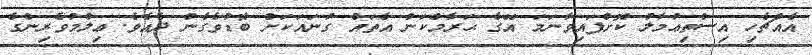
އެއްޗެހި އިސްތިޢުމާލު ކޮށްފައިވާނަމަ އޭގެ ޙަރާމްކަން އެތައް ގުނައަކަށް ބޮޑުވެގެން ދެއެވެ. ޢިލްމުވެރިންގެ